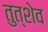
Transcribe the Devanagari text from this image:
तुत्शेव